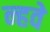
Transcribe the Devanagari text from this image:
न्हवे